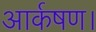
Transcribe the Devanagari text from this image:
आर्कषण।